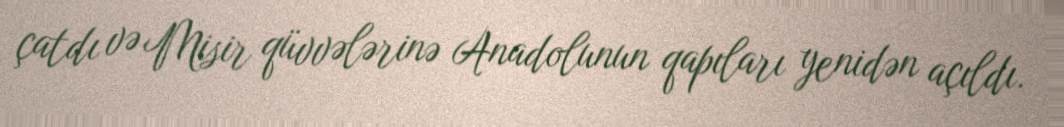
çatdı və Misir qüvvələrinə Anadolunun qapıları yenidən açıldı.